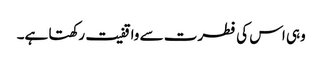
وہی اس کی فطرت سے واقفیت رکھتا ہے۔